Senior Leaving Certificate Examination (including Day School Certificate (Higher) General paper), 1950
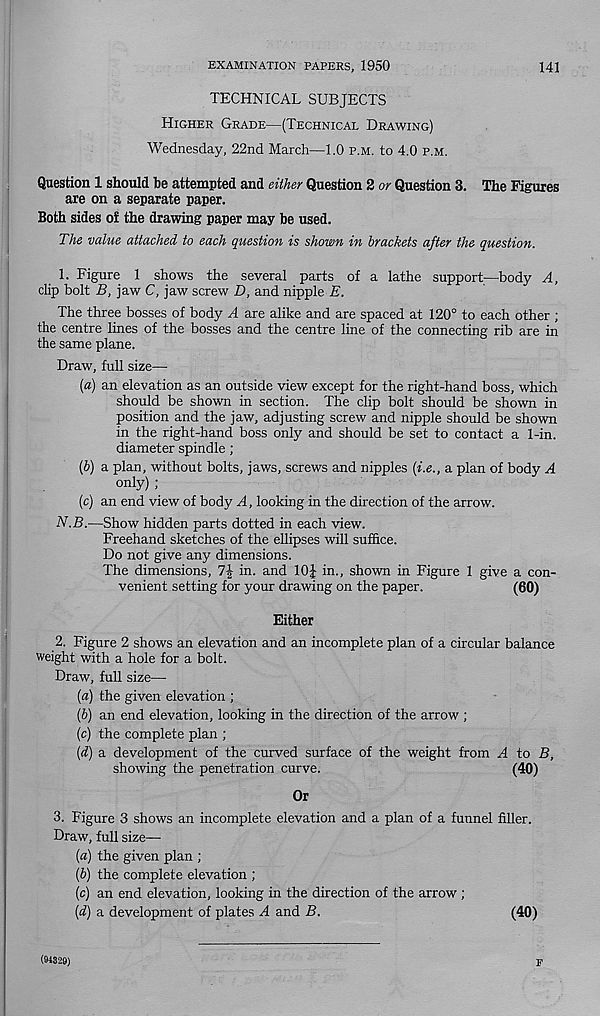
EXAMINATION PAPERS, 1950
141
TECHNICAL SUBJECTS
Higher Grade—(Technical Drawing)
Wednesday, 22nd March—1.0 p.m. to 4.0 p.m.
Question 1 should be attempted and either Question 2 or Question 3. The Figures
are on a separate paper.
Both sides of the drawing paper may be used.
The value attached to each question is shown in brackets after the question.
1. Figure 1 shows the several parts of a lathe support—body A,
clip bolt B, jaw C, jaw screw D, and nipple E.
The three bosses of body A are alike and are spaced at 120° to each other ;
the centre lines of the bosses and the centre line of the connecting rib are in
the same plane.
Draw, full size—
{a) an elevation as an outside view except for the right-hand boss, which
should be shown in section. The clip bolt should be shown in
position and the jaw, adjusting screw and nipple should be shown
in the right-hand boss only and should be set to contact a 1-in.
diameter spindle ;
(b) a plan, without bolts, jaws, screws and nipples (i.e., a plan of body A
only) ;
(c) an end view of body A, looking in the direction of the arrow.
N.B.—Show hidden parts dotted in each view.
Freehand sketches of the ellipses will suffice.
Do not give any dimensions.
The dimensions,
in. and 10J in., shown in Figure 1 give a con-
venient setting for your drawing on the paper.
(60)
Either
2. Figure 2 shows an elevation and an incomplete plan of a circular balance
weight with a hole for a bolt.
Draw, full size—
{a) the given elevation ;
(b) an end elevation, looking in the direction of the arrow ;
(c) the complete plan ;
(d) a development of the curved surface of the weight from A to B,
showing the penetration curve.
(40)
Or
3. Figure 3 shows an incomplete elevation and a plan of a funnel filler.
Draw, full size—
{a) the given plan ;
(b) the complete elevation ;
(c) an end elevation, looking in the direction of the arrow ;
(d) a development of plates A and B.
(40)
(94329)
F